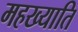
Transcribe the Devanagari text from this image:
महख्याति